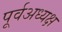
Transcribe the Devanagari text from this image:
पूर्वअध्यक्ष